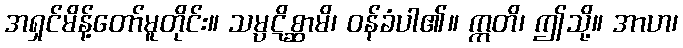
အရှင်မိန့်တော်မူတိုင်း။ သမ္ပဋိစ္ဆာမိ၊ ဝန်ခံပါ၏။ ဣတိ၊ ဤသို့။ အာဟ၊